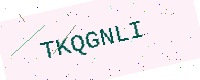
Text: TKQGNLI